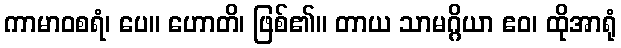
ကာမာဝစရံ၊ ပေ။ ဟောတိ၊ ဖြစ်၏။ တာယ သာမဂ္ဂိယာ ဧဝ၊ ထိုအာရုံ